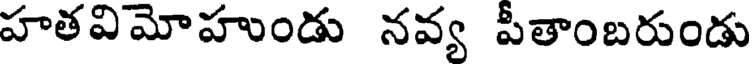
హతవిమోహుండు నవ్య పీతాంబరుండు